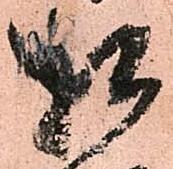
相